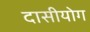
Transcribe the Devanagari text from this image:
दासीयोग